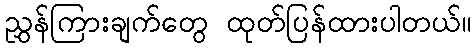
ညွှန်ကြားချက်တွေ ထုတ်ပြန်ထားပါတယ်။